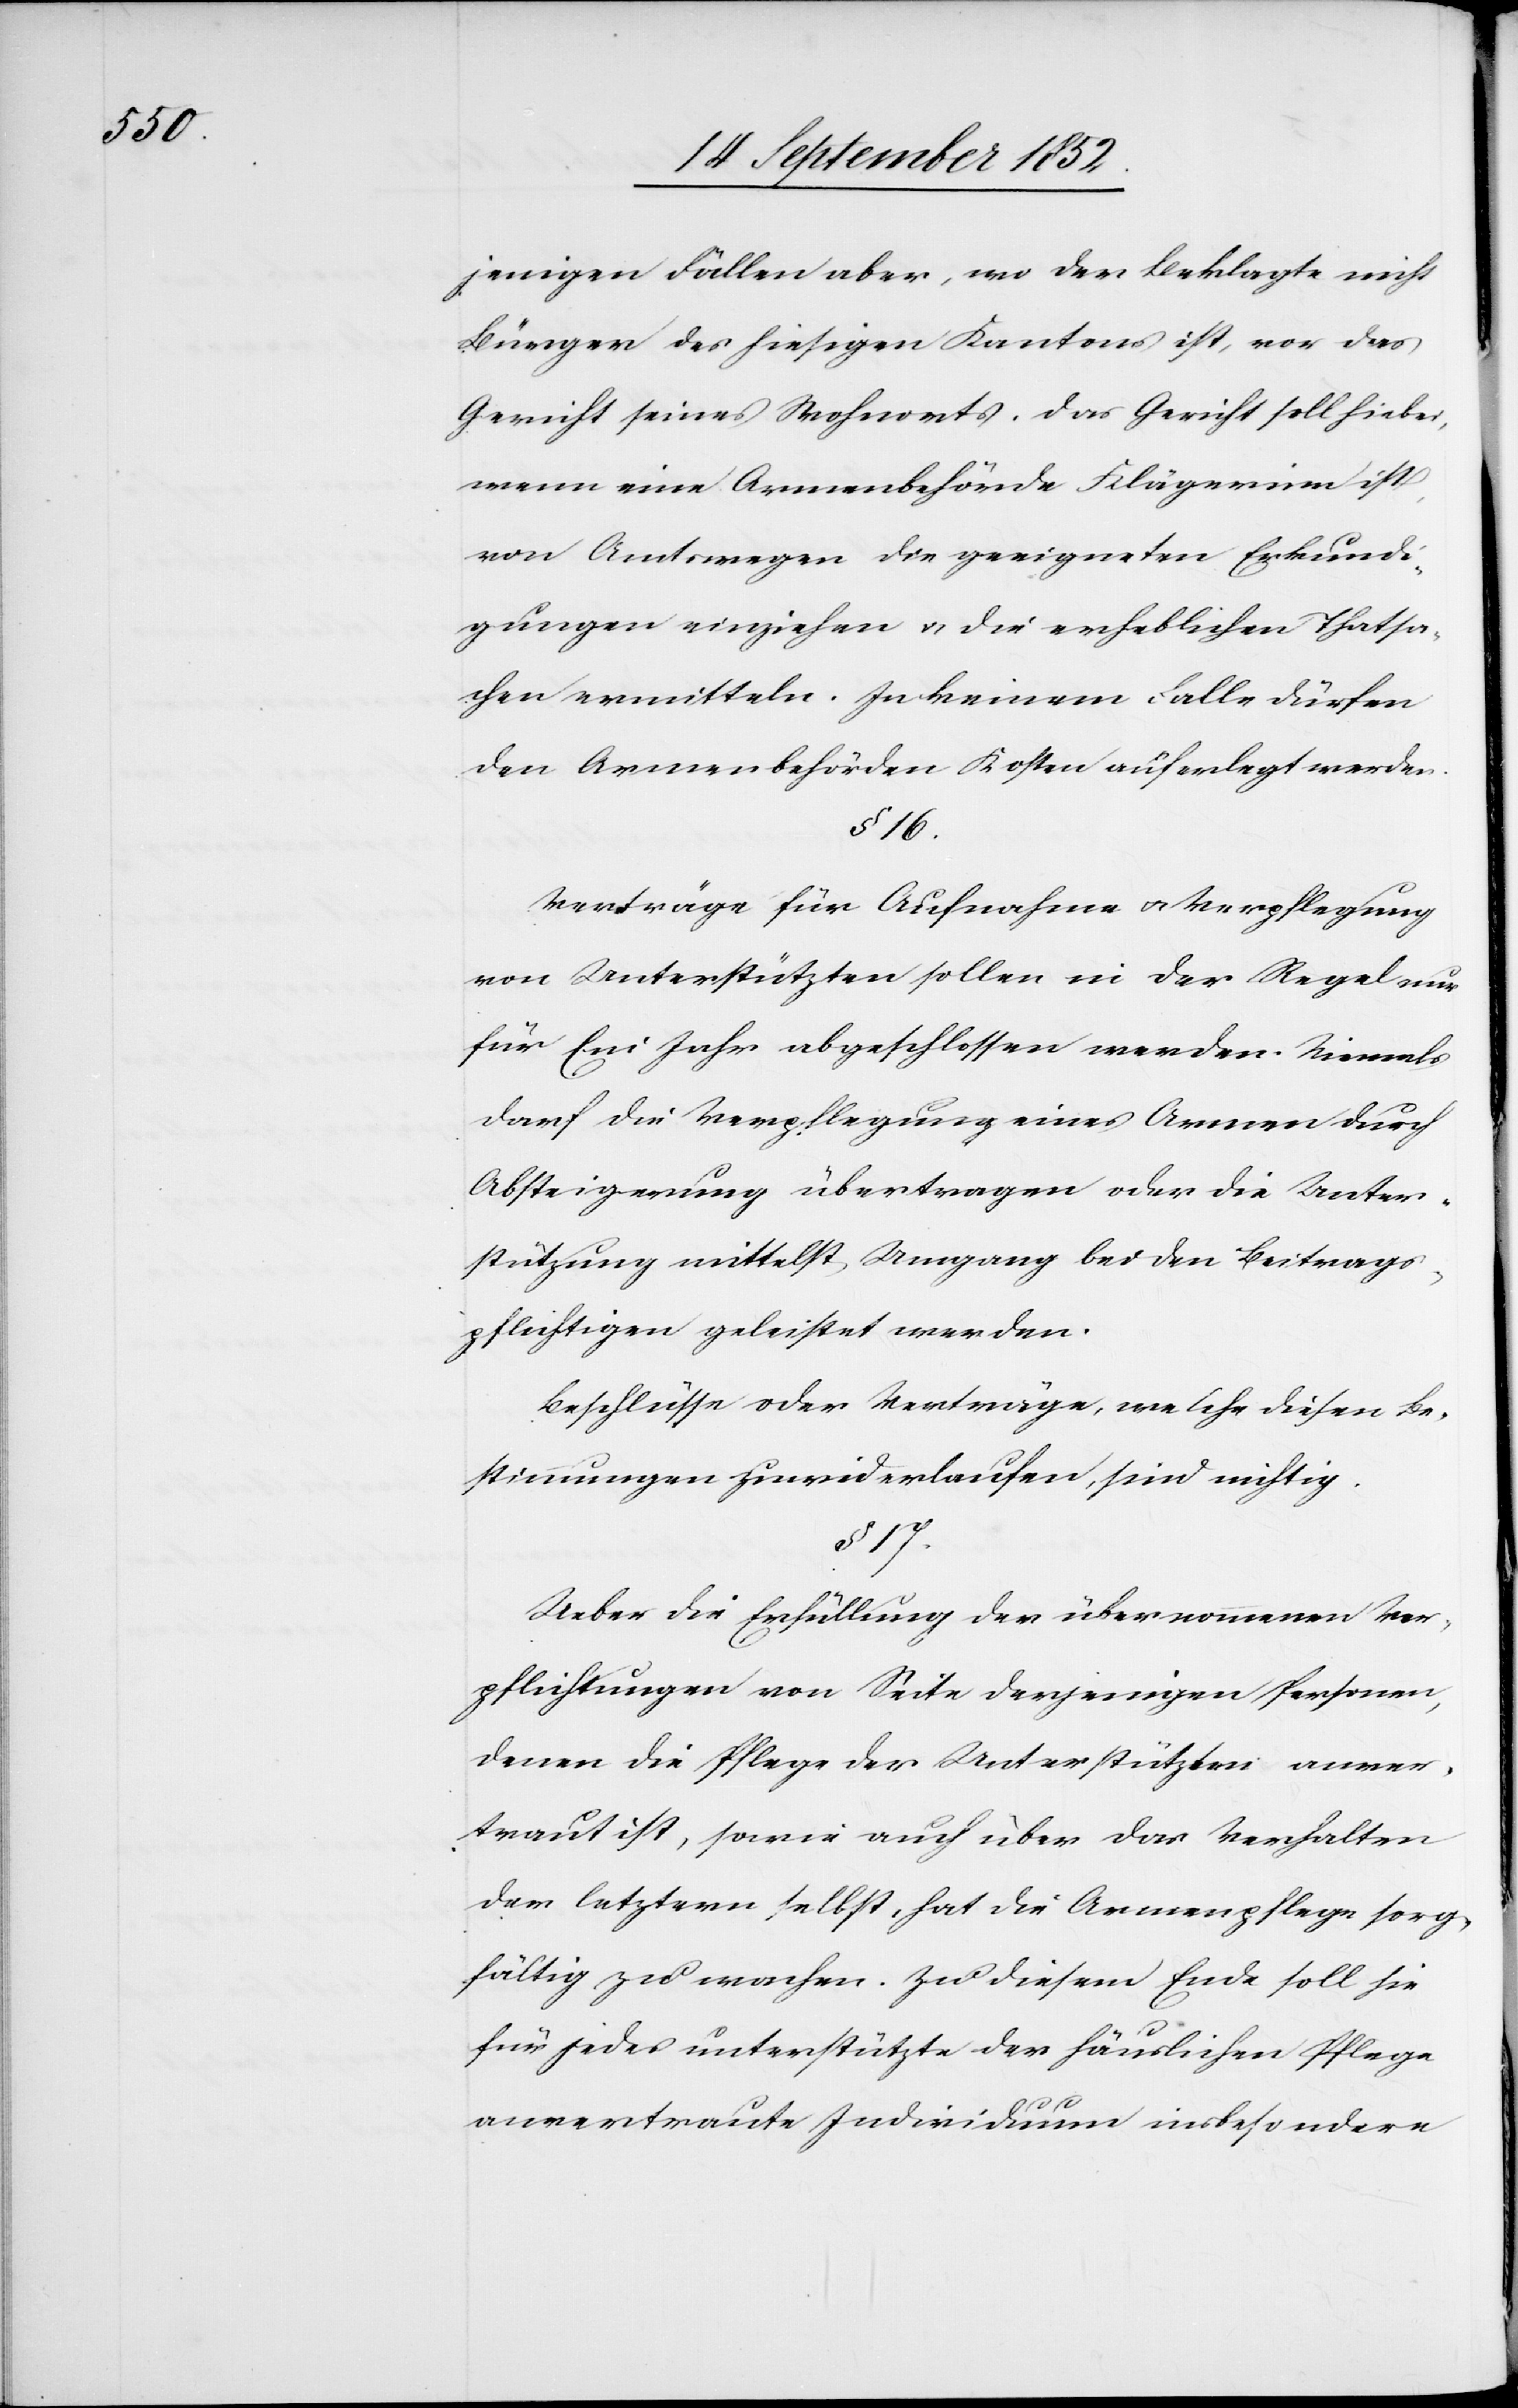
jenigen Fällen aber, wo der Beklagte nicht
Bürger des hiesigen Kantons ist, vor das
Gericht seines Wohnorts. Das Gericht soll hiebei,
wenn eine Armenbehörde Klägerinn ist,
von Amtswegen die geeigneten Erkundi¬
gungen einziehen & die erheblichen Thatsa¬
chen ermitteln. In keinem Falle dürfen
den Armenbehörden Kosten auferlegt werden.
§ 16.
Verträge für Aufnahme & Verpflegung
von Unterstützten sollen in der Regel nur
für Ein Jahr abgeschlossen werden. Niemals
darf die Verpflegung eines Armen durch
Absteigerung übertragen oder die Unter¬
stützung mittelst Umgang bei den Beitrags¬
pflichtigen geleistet werden.
Beschlüsse oder Verträge, welche diesen Be¬
stimmungen zuwiderlaufen, sind nichtig.
§ 17.
Ueber die Erfüllung der übernommenen Ver¬
pflichtungen von Seite derjenigen Personen,
denen die Pflege der Unterstützten anver¬
traut ist, sowie auch über das Verhalten
der letztern selbst, hat die Armenpflege sorg¬
fältig zu wachen. Zu diesem Ende soll sie
für jedes unterstützte der häuslichen Pflege
anvertraute Individuum insbesondere